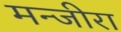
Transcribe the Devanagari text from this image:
मन्जीरा